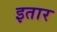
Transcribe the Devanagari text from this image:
इतार